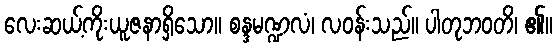
လေးဆယ့်ကိုးယူဇနာရှိသော။ စန္ဒမဏ္ဍလံ၊ လဝန်းသည်။ ပါတုဘဝတိ၊ ၏။